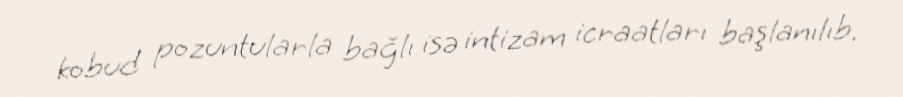
kobud pozuntularla bağlı isə intizam icraatları başlanılıb.